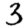
Digit: 3